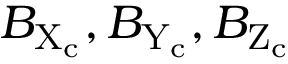
B _ { \mathrm { X } _ { \mathrm { c } } } , B _ { \mathrm { Y } _ { \mathrm { c } } } , B _ { \mathrm { Z } _ { \mathrm { c } } }